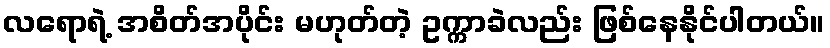
လရောရဲ့ အစိတ်အပိုင်း မဟုတ်တဲ့ ဥက္ကာခဲလည်း ဖြစ်နေနိုင်ပါတယ်။